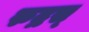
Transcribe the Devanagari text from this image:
रुद्रस्